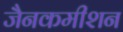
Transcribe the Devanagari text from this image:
जैनकमीशन